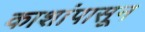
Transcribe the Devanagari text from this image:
काशांपासून